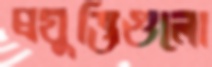
প্রযুক্তিগুলো